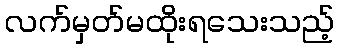
လက်မှတ်မထိုးရသေးသည့်